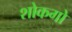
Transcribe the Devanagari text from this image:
शोकगो